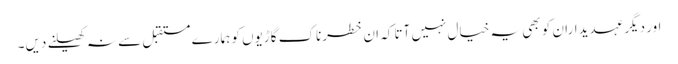
اور دیگر عہدیداران کو بھی یہ خیال نہیں آتا کہ ان خطرناک گاڑیوں کو ہمارے مستقبل سے نہ کھیلنے دیں۔